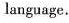
language.